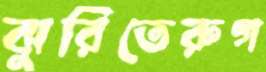
ঝুরিতেরুগ